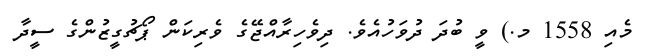
މެއި 1558 މ.) ވީ ބުދަ ދުވަހުއެވެ. ދިވެހިރާއްޖޭގެ ވެރިކަން ޕޯޗުގީޒުންގެ ސީދާ